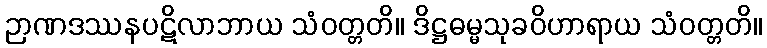
ဉာဏဒဿနပဋိလာဘာယ သံဝတ္တတိ။ ဒိဋ္ဌဓမ္မသုခဝိဟာရာယ သံဝတ္တတိ။